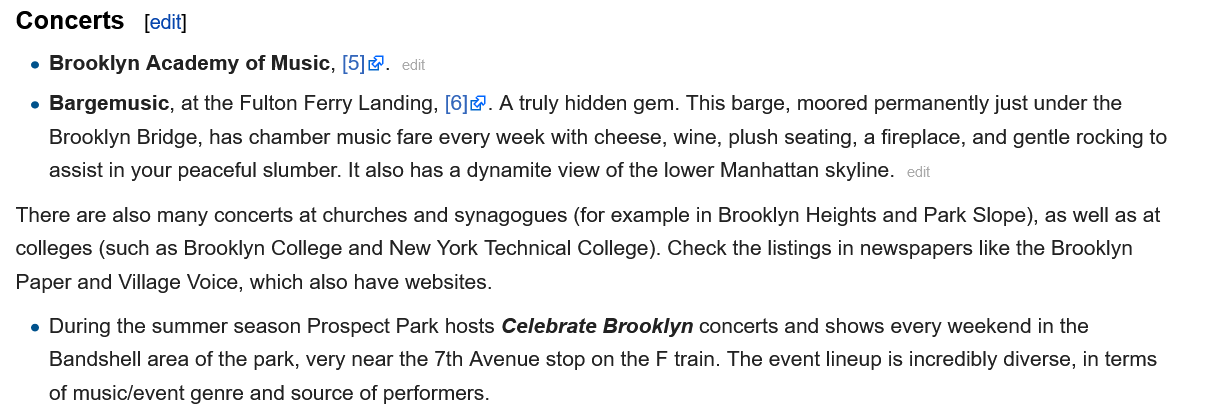
Concerts
   e Brooklyn Academy of Music, [5].
   e Bargemusic, at the Fulton Ferry Landing, [6]. A truly hidden gem. This barge, moored permanently just under the
     Brooklyn Bridge, has chamber music fare every week with cheese, wine, plush seating, a fireplace, and gentle rocking to
     assist in your peaceful slumber. It also has a dynamite view of the lower Manhattan skyline.
  There are also many concerts at churches and synagogues (for example in Brooklyn Heights and Park Slope), as well as at
  colleges (such as Brooklyn College and New York Technical College). Check the listings in newspapers like the Brooklyn
  °aper and Village Voice, which also have websites.
   e During the summer season Prospect Park hosts Celebrate Brooklyn concerts and shows every weekend in the
     Bandshell area of the park, very near the 7th Avenue stop on the F train. The event lineup is incredibly diverse, in terms
     of music/event genre and source of performers.